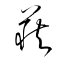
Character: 荻